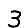
Digit: 3